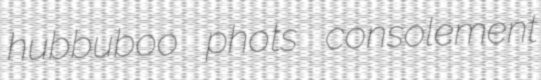
hubbuboo phots consolement